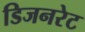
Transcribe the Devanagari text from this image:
डिजनरेट